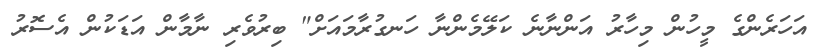
އަހަރެންގެ މީހުން މިހާރު އަންނާނެ ކަލޭމެންނާ ހަނގުރާމައަށް" ބިރުވެރި ނާމާން އަޑަކުން އެސޮރު